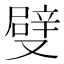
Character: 𠮃